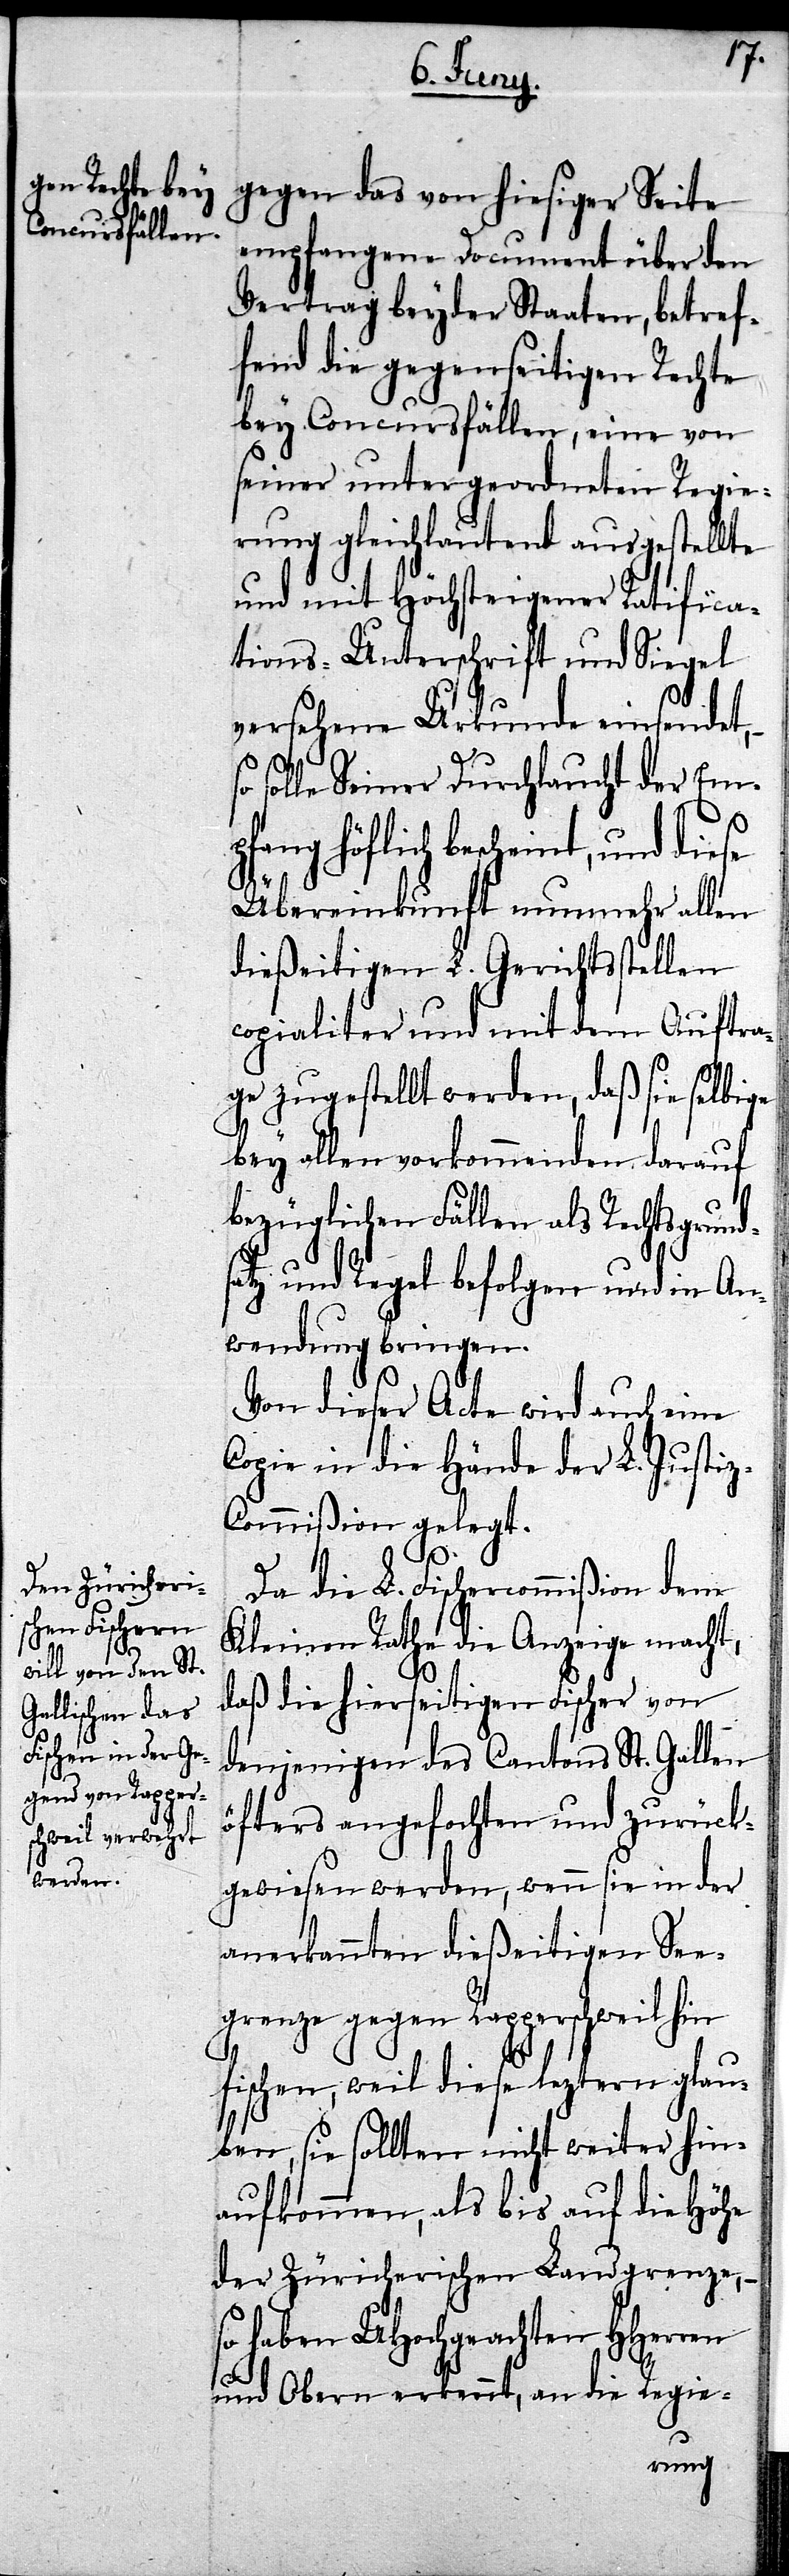
gegen das von hiesiger Seite
empfangene Document über den
Vertrag beyder Staaten, betref¬
fend die gegenseitigen Rechte
bey Concursfällen, eine von
seiner untergeordneten Regie¬
rung gleichlautend ausgestellte
und mit Höchsteigener Ratifica¬
tions-Unterschrift und Siegel
versehene Urkunde einsendet,
solle Seiner Durchlaucht der Emp¬
fang höflich bescheint, und diese
Übereinkunft nunmehr allen
dießeitigen L. Gerichtsstellen
copialiter und mit dem Auftra¬
ge zugestellt werden, daß sie selbige
bey allen vorkommenden darauf
bezüglichen Fällen als Rechtsgrund¬
satz und Regel befolgen und in An¬
wendung bringen.
Von dieser Acte wird auch eine
Copie in die Hände der L. Justi¬
z-Commißion gelegt.
Da die L. Fischercommißion dem
Kleinen Rathe die Anzeige macht,
daß die hierseitigen Fischer von
denjenigen des Cantons St. Gallen
öfters angefochten und zurück¬
gewiesen werden, wenn sie in der
anerkannten dießeitigen See¬
grenze gegen Rapperschweil hin
fischen, weil diese leztern glau¬
ben, sie sollten nicht weiter hin¬
aufkommen, als bis auf die Höhe
der Züricherischen Landgrenze, –
so haben UHochgeachten HHerren
und Obern erkennt, an die Regie-